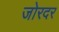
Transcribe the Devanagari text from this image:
जोरदर